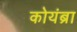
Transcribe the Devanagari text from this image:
कोयंब्रा